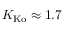
K _ { \mathrm { K o } } \approx 1 . 7